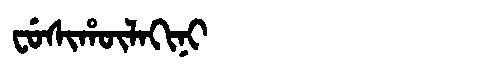
Manchu: ᠸᡠᠰᡳᡥᡡᠯᠠᡴᡳᠨᡳ
Romanization: FUSIHŪLAKINI